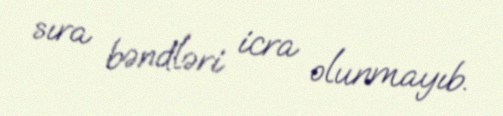
sıra bəndləri icra olunmayıb.